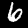
Label: 6